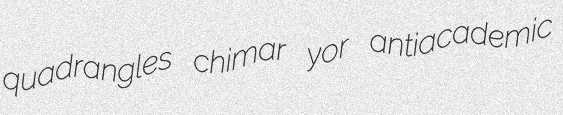
quadrangles chimar yor antiacademic